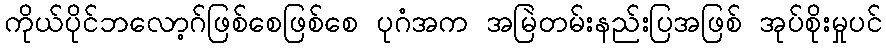
ကိုယ်ပိုင်ဘလော့ဂ်ဖြစ်စေဖြစ်စေ ပုဂံအက အမြဲတမ်းနည်းပြအဖြစ် အုပ်စိုးမှုပင်